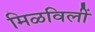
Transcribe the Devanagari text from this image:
मिळविलीं